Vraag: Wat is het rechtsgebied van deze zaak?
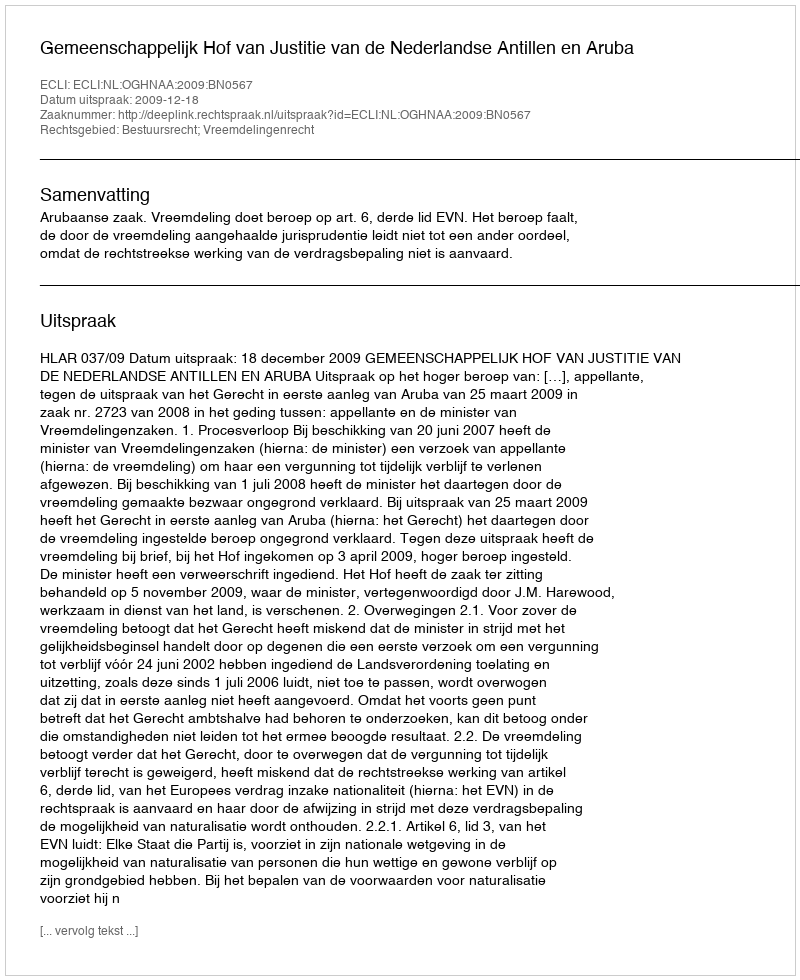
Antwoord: Bestuursrecht; Vreemdelingenrecht